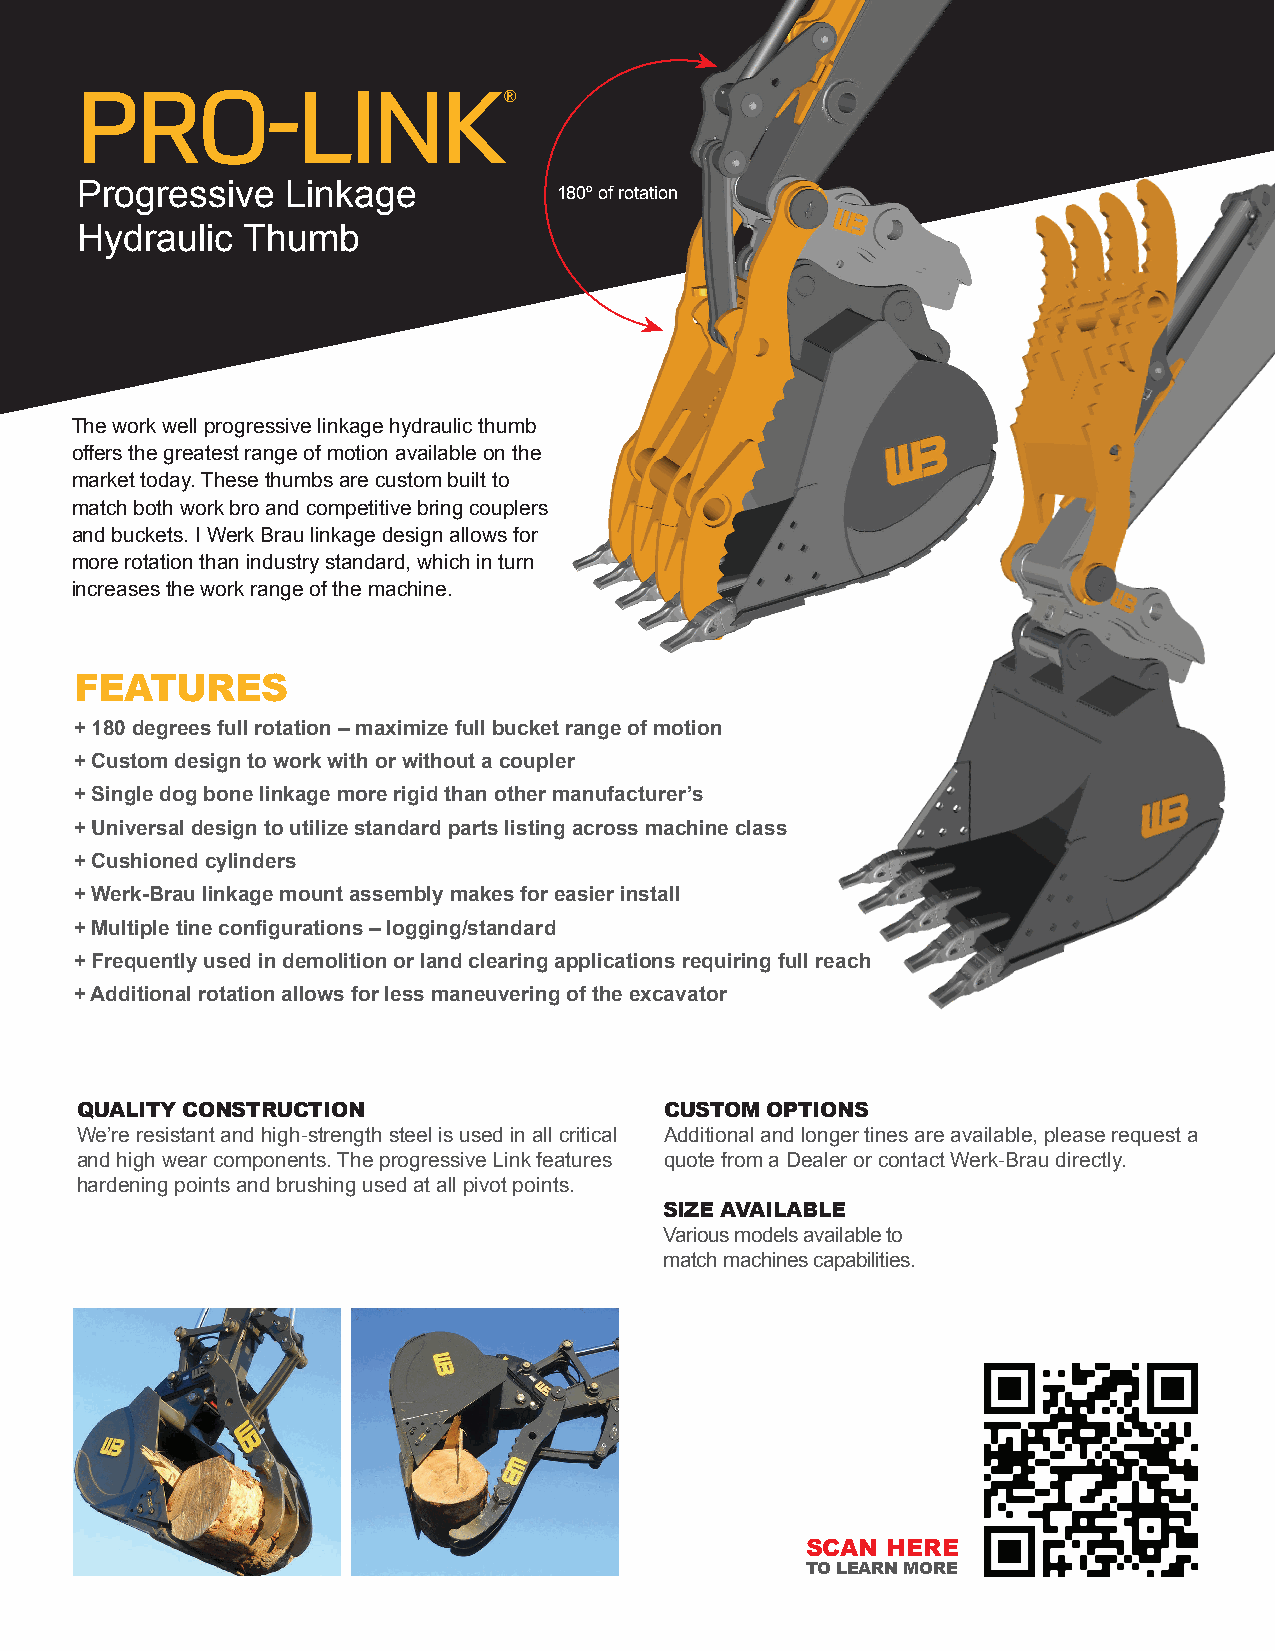
PRO-LINK®
 Progressive   Linkage           180º of rotation
 Hydraulic  Thumb
 The work well progressive linkage hydraulic thumb
 offers the greatest range of motion available on the
 market today. These thumbs are custom built to
 match both work bro and competitive bring couplers
 and buckets. I Werk Brau linkage design allows for
 more rotation than industry standard, which in turn
 increases the work range of the machine.
 FEATURES
 + 180 degrees full rotation – maximize full bucket range of motion
 + Custom design to work with or without a coupler
 + Single dog bone linkage more rigid than other manufacturer’s
 + Universal design to utilize standard parts listing across machine class
 + Cushioned cylinders
 + Werk-Brau linkage mount assembly makes for easier install
 + Multiple tine configurations – logging/standard
 + Frequently used in demolition or land clearing applications requiring full reach
 + Additional rotation allows for less maneuvering of the excavator
 QUALITY CONSTRUCTION                   CUSTOM OPTIONS
 We’re resistant and high-strength steel is used in all critical Additional and longer tines are available, please request a
 and high wear components. The progressive Link features quote from a Dealer or contact Werk-Brau directly.
 hardening points and brushing used at all pivot points.
 SIZE AVAILABLE
 Various models available to
 match machines capabilities.
 SCAN  HERE
 TO LEARN MORE